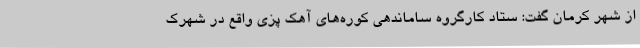
از شهر کرمان گفت: ستاد کارگروه ساماندهی کوره‌های آهک پزی واقع در شهرک